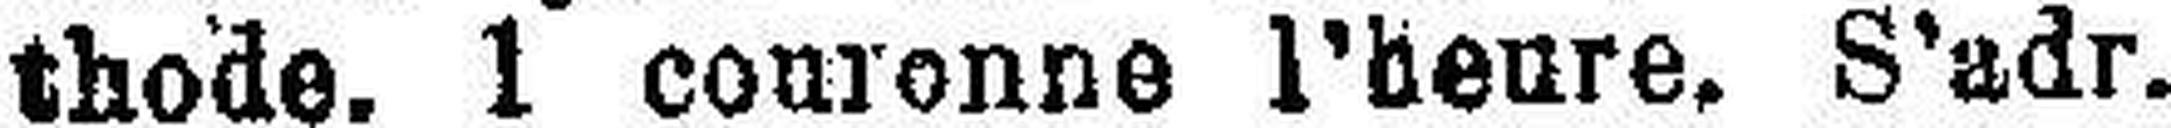
thode. 1 couronne l'heure. S’adr.